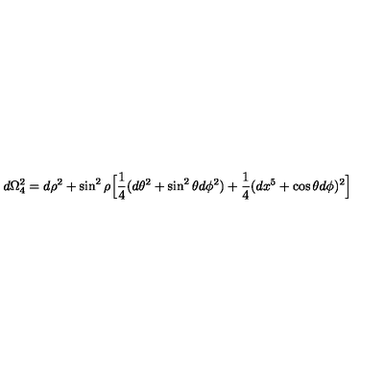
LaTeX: d \Omega _ { 4 } ^ { 2 } = d \rho ^ { 2 } + \sin ^ { 2 } \rho \Big [ { \frac { 1 } { 4 } } ( d \theta ^ { 2 } + \sin ^ { 2 } \theta d \phi ^ { 2 } ) + { \frac { 1 } { 4 } } ( d x ^ { 5 } + \cos \theta d \phi ) ^ { 2 } \Big ]